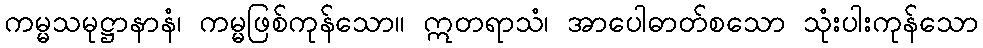
ကမ္မသမုဋ္ဌာနာနံ၊ ကမ္မဖြစ်ကုန်သော။ ဣတရာသံ၊ အာပေါဓာတ်စသော သုံးပါးကုန်သော